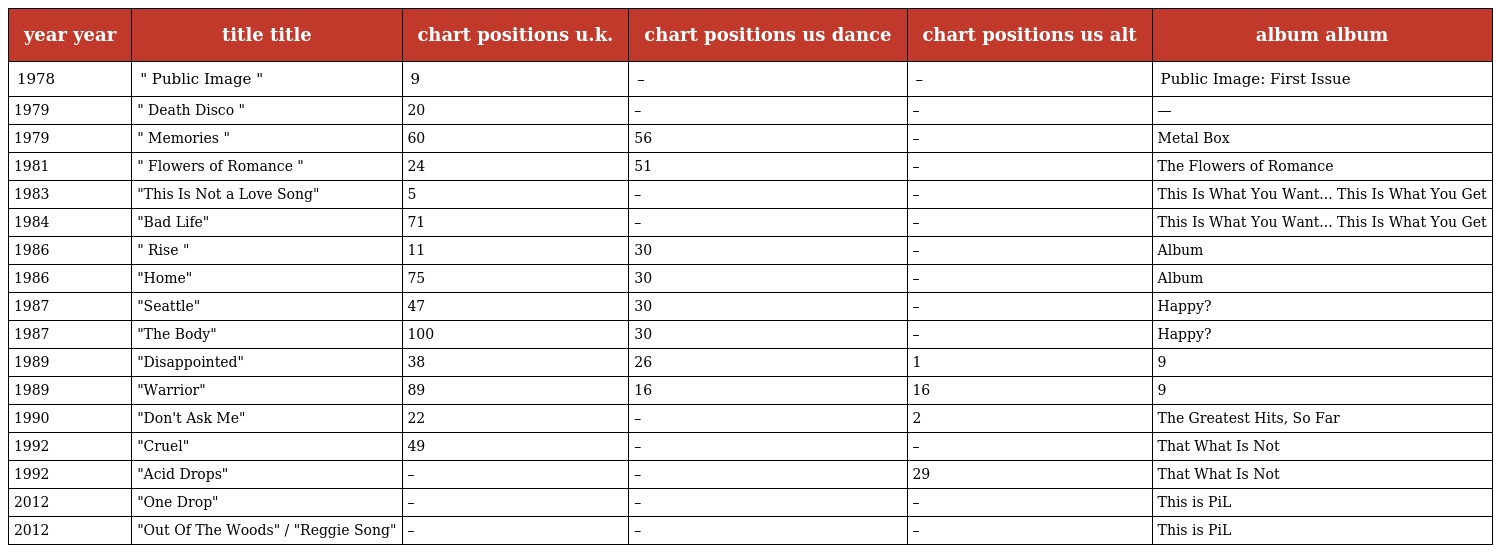
| year year | title title | chart positions u.k. | chart positions us dance | chart positions us alt | album album |
 | --- | --- | --- | --- | --- | --- |
 | 1978 | " Public Image " | 9 | – | – | Public Image: First Issue |
 | 1979 | " Death Disco " | 20 | – | – | — |
 | 1979 | " Memories " | 60 | 56 | – | Metal Box |
 | 1981 | " Flowers of Romance " | 24 | 51 | – | The Flowers of Romance |
 | 1983 | "This Is Not a Love Song" | 5 | – | – | This Is What You Want... This Is What You Get |
 | 1984 | "Bad Life" | 71 | – | – | This Is What You Want... This Is What You Get |
 | 1986 | " Rise " | 11 | 30 | – | Album |
 | 1986 | "Home" | 75 | 30 | – | Album |
 | 1987 | "Seattle" | 47 | 30 | – | Happy? |
 | 1987 | "The Body" | 100 | 30 | – | Happy? |
 | 1989 | "Disappointed" | 38 | 26 | 1 | 9 |
 | 1989 | "Warrior" | 89 | 16 | 16 | 9 |
 | 1990 | "Don't Ask Me" | 22 | – | 2 | The Greatest Hits, So Far |
 | 1992 | "Cruel" | 49 | – | – | That What Is Not |
 | 1992 | "Acid Drops" | – | – | 29 | That What Is Not |
 | 2012 | "One Drop" | – | – | – | This is PiL |
 | 2012 | "Out Of The Woods" / "Reggie Song" | – | – | – | This is PiL |